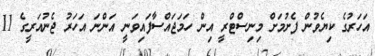
އަހަރުގެ ކިޔެވުން ފެށުމަށް މިނިސްޓްރީ އިން ހަމަޖައްސާފައިވަނީ އަންނަ އަހަރު ޖެނުއަރީގެ 11